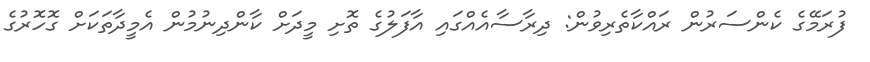
ފުރަމޭގެ ކެންސަރުން ރައްކާތެރިވުން: ދިރާސާއެއްގައި އާފަލުގެ ތޮށި މީދަށް ކާންދިނުމުން އެމީދާތަކަށް ގޮހޮރުގެ